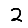
Digit: 2